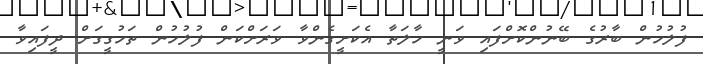
ފުލުހުން ބާރުގެ ބޭނުންކޮށްފައި ވަނީ ހާލަތާ އެކަށީގެންވާ ވަރަށްކަން ފުލުހުން ތަހުގީގަށް ދީފައިވާ